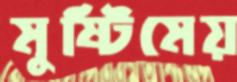
মুষ্টিমেয়